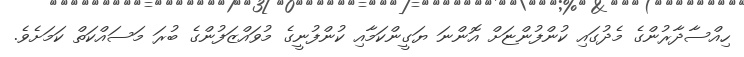
ހިއްސާދާރުންގެ މެދުގައި ކުންފުންޏަށް އޮންނަ ޔަގީންކަމާއި ކުންފުނީގެ މުވައްޒަފުންގެ ބުރަ މަސައްކަތް ކަމަށެވެ.